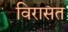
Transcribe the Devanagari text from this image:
विरासत